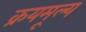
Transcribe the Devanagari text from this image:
क्रयमूल्य